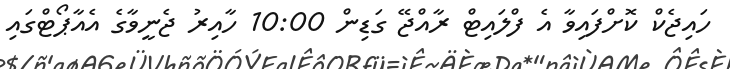
ހައިޖެކް ކޮށްފައިވާ އެ ފްލައިޓް ރާއްޖޭ ގަޑިން 10:00 ހާއިރު ޖެނީވާގެ އެއާޕޯޓްގައި